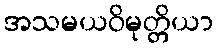
အသမယဝိမုတ္တိယာ